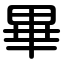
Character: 畢